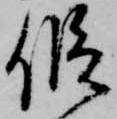
仮